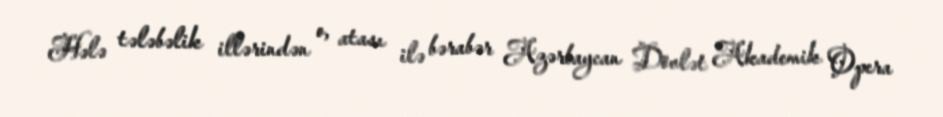
Hələ tələbəlik illərindən o, atası ilə bərabər Azərbaycan Dövlət Akademik Opera